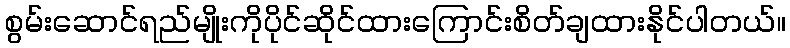
စွမ်းဆောင်ရည်မျိုးကိုပိုင်ဆိုင်ထားကြောင်းစိတ်ချထားနိုင်ပါတယ်။